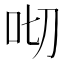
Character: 𠯦